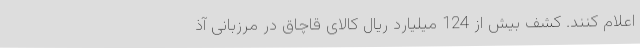
اعلام کنند. کشف بیش از 124 میلیارد ریال کالای قاچاق در مرزبانی آذ